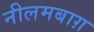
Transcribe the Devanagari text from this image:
नीलमबाग़